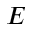
E